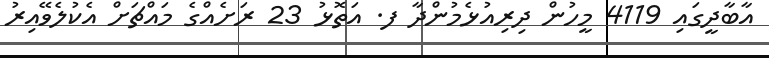
އާބާދީގައި 4119 މީހުން ދިރިއުޅެމުންދާ ފ. އަތޮޅު 23 ރަށެއްގެ މައްޗަށް އެކުލެވޭއިރު